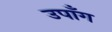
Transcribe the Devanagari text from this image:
उपाँग